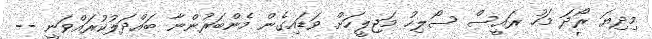
މިދިޔަ ރޯދަ މަހު ރައީސް ސޯލިހު މަޖިލީހަށް ވަޑައިގެން މެންބަރުންނާ ބައްދަލުކުރައްވަނީ --